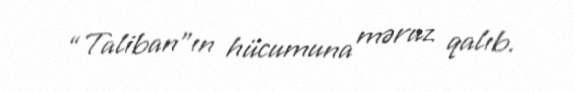
“Taliban”ın hücumuna məruz qalıb.